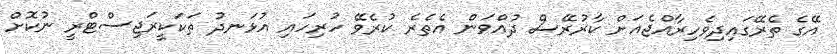
އޭގެ ތެރޭގައިދިވެހިރާއްޖެއަށް ކާރުރޭސް ދުއްވަން އެތެރެ ކުރެވޭ ހުރިހައި އުޅަނދު ތަކަކީރަޖިސްޓްރީ ނުކޮށް